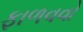
ફાળવવો